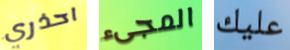
احذري المجىء عليك